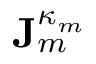
\mathbf { J } _ { m } ^ { \kappa _ { m } }